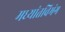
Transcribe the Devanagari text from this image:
मध्यांतविभंग